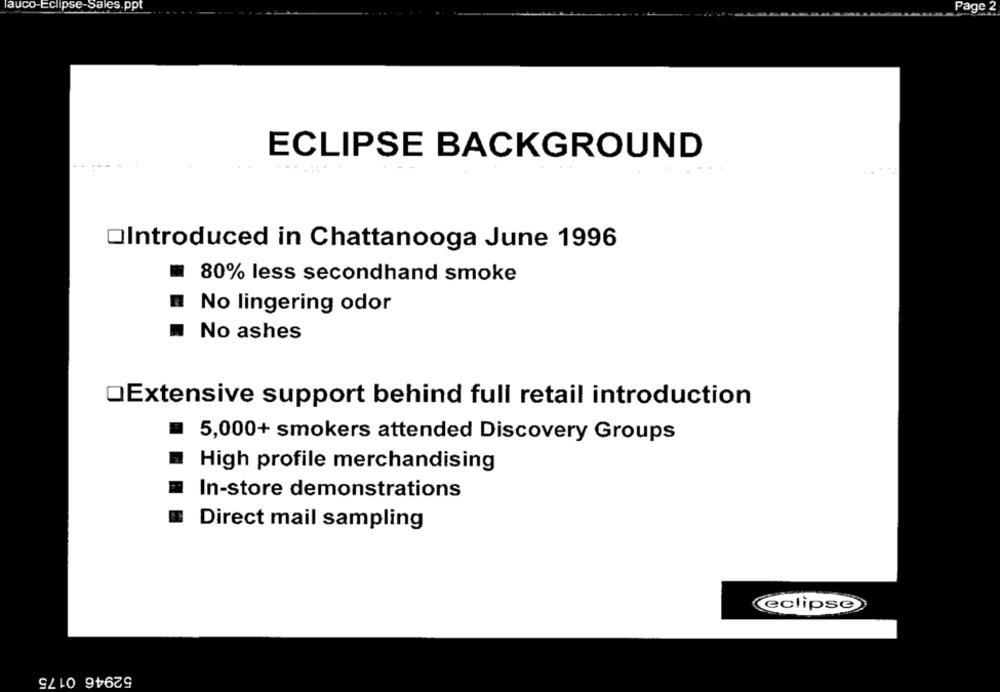
auco-Eclipse-Sales.ppt
Page 2
ECLIPSE BACKGROUND
OIntroduced in Chattanooga June 1996
80% less secondhand smoke
No lingering odor
No ashes
QExtensive support behind full retail introduction
5,000+ smokers attended Discovery Groups
High profile merchandising
In-store demonstrations
Direct mail sampling
eclipse
52946 0175